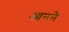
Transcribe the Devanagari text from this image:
आनने